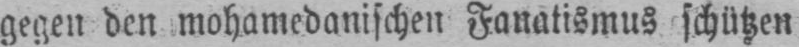
gegen den mohamedanischen Fanatismus schützen